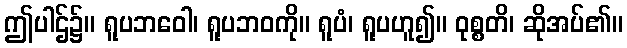
ဤပါဌ်၌။ ရူပဘဝေါ၊ ရူပဘဝကို။ ရူပံ၊ ရူပဟူ၍။ ဝုစ္စတိ၊ ဆိုအပ်၏။